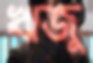
ঋজু